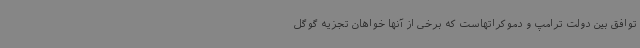
توافق بین دولت ترامپ و دموکراتهاست که برخی از آنها خواهان تجزیه گوگل